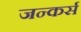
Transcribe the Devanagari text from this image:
जन्कर्स